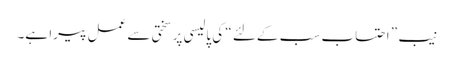
نیب ” احتساب سب کےلئے “ کی پالیسی پر سختی سے عمل پیرا ہے۔